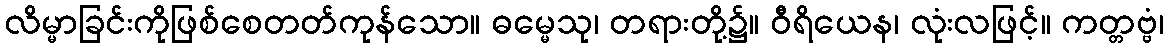
လိမ္မာခြင်းကိုဖြစ်စေတတ်ကုန်သော။ ဓမ္မေသု၊ တရားတို့၌။ ဝီရိယေန၊ လုံးလဖြင့်။ ကတ္တဗ္ဗံ၊